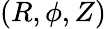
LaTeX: \left(R,\phi,Z\right)